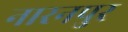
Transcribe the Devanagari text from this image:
नारनपुर